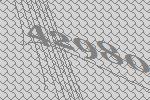
42980